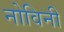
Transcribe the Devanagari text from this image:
नोविनी